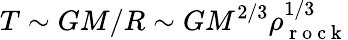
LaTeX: T\sim GM/R\sim GM^{2/3}\rho_{\mathrm{~r~o~c~k~}}^{1/3}